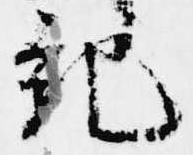
紀